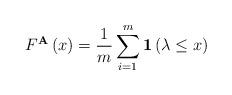
LaTeX: \begin{align*}F^{\mathbf{A}}\left(x\right)=\frac{1}{m}\sum_{i=1}^m \mathbf{1}\left(\lambda \leq x\right)\end{align*}